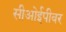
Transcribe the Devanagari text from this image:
सीओईपीवर